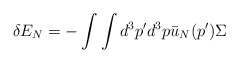
\begin{align*}\delta E_{N}=-\int \int d^{3}p^{\prime }d^{3}p\bar{u}_{N}(p^{\prime })\Sigma\end{align*}